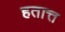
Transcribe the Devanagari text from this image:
हतात्त